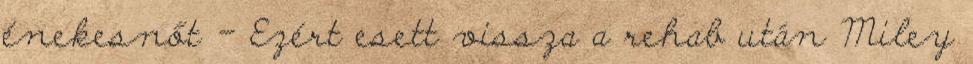
énekesnőt - Ezért esett vissza a rehab után Miley